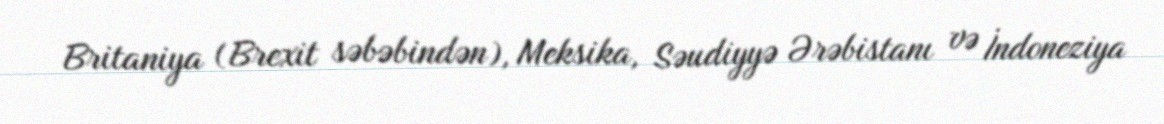
Britaniya (Brexit səbəbindən), Meksika, Səudiyyə Ərəbistanı və İndoneziya